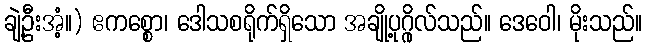
ချဲ့ဦးအံ့။) ဧကစ္စော၊ ဒေါသစရိုက်ရှိသော အချို့ပုဂ္ဂိုလ်သည်။ ဒေဝေါ၊ မိုးသည်။